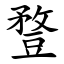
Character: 䜼